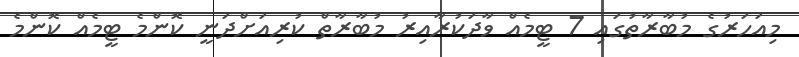
މިއަހަރުގެ މުބާރާތުގައި 7 ޓީމެއް ވާދަކުރާއިރު މުބާރާތް ކުރިއަށްދަނީ ކޮންމެ ޓީމެއް ކޮންމެ